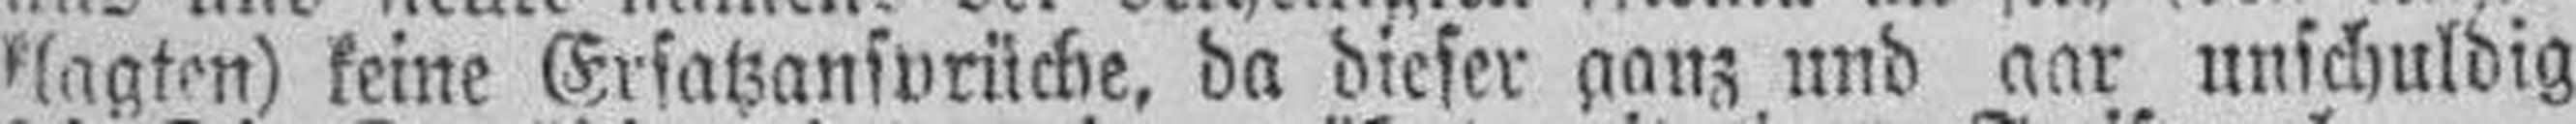
klagten) keine Ersatzansprüche, da dieser ganz und gar unschuldig